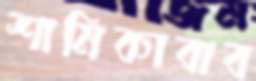
শামিকাবাব